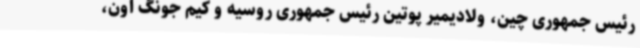
رئیس جمهوری چین، ولادیمیر پوتین رئیس جمهوری روسیه و کیم جونگ اون،